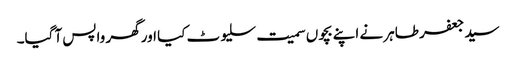
سید جعفر طاہر نے اپنے بچوں سمیت سلیوٹ کیا اور گھر واپس آ گیا۔